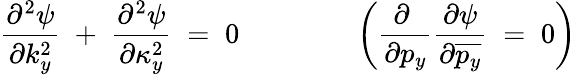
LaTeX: {\frac{\partial^{2}\psi}{\partial k_{y}^{2}}}\; +\; {\frac{\partial^{2}\psi}{\partial\kappa_{y}^{2}}}\; =\; 0\qquad\qquad\left({\frac{\partial\; }{\partial p_{y}}}{\frac{\partial\psi}{\partial\overline{{{p_{y}}}}}}\; =\; 0\right)